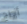
أزواج